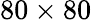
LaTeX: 80\times 80